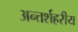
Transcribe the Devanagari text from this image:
अन्तर्शहरीय